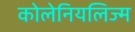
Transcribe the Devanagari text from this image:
कोलेनियलिज्म